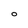
Character: o